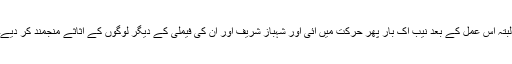
البتہ اس عمل کے بعد نیب اک بار پھر حرکت میں آئی اور شہباز شریف اور ان کی فیملی کے دیگر لوگوں کے اثاثے منجمند کر دیے۔